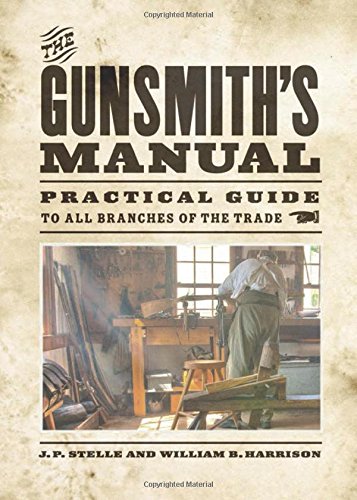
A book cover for The Gunsmith's Manual: Practical Guide to All Branches of the Trade; J. P. Stelle; Sports & Outdoors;